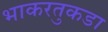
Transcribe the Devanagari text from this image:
भाकरतुकडा